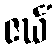
ဇင်္ဃံ